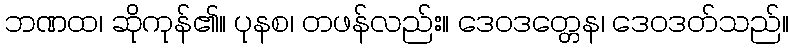
ဘဏထ၊ ဆိုကုန်၏။ ပုနစ၊ တဖန်လည်း။ ဒေဝဒတ္တေန၊ ဒေဝဒတ်သည်။